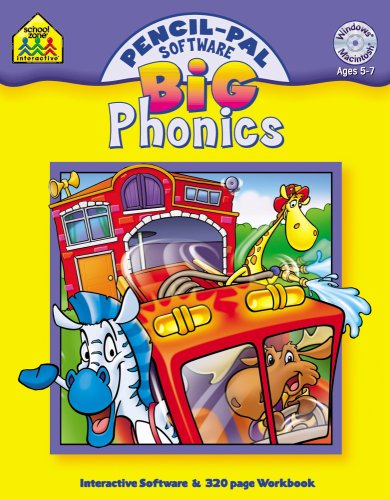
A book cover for Phonics (School Zone Interactive); School Zone Interactive Staff; Children's Books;